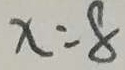
x = 8